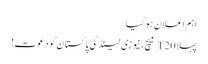
اہم اعلان ہوگیا
پہلا T20 میچ، نیوزی لینڈ کی پاکستان کو دعوت!